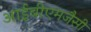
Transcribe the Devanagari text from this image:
आईबीएमजैसी